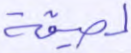
لصيقة